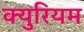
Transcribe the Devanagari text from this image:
क्युरियम